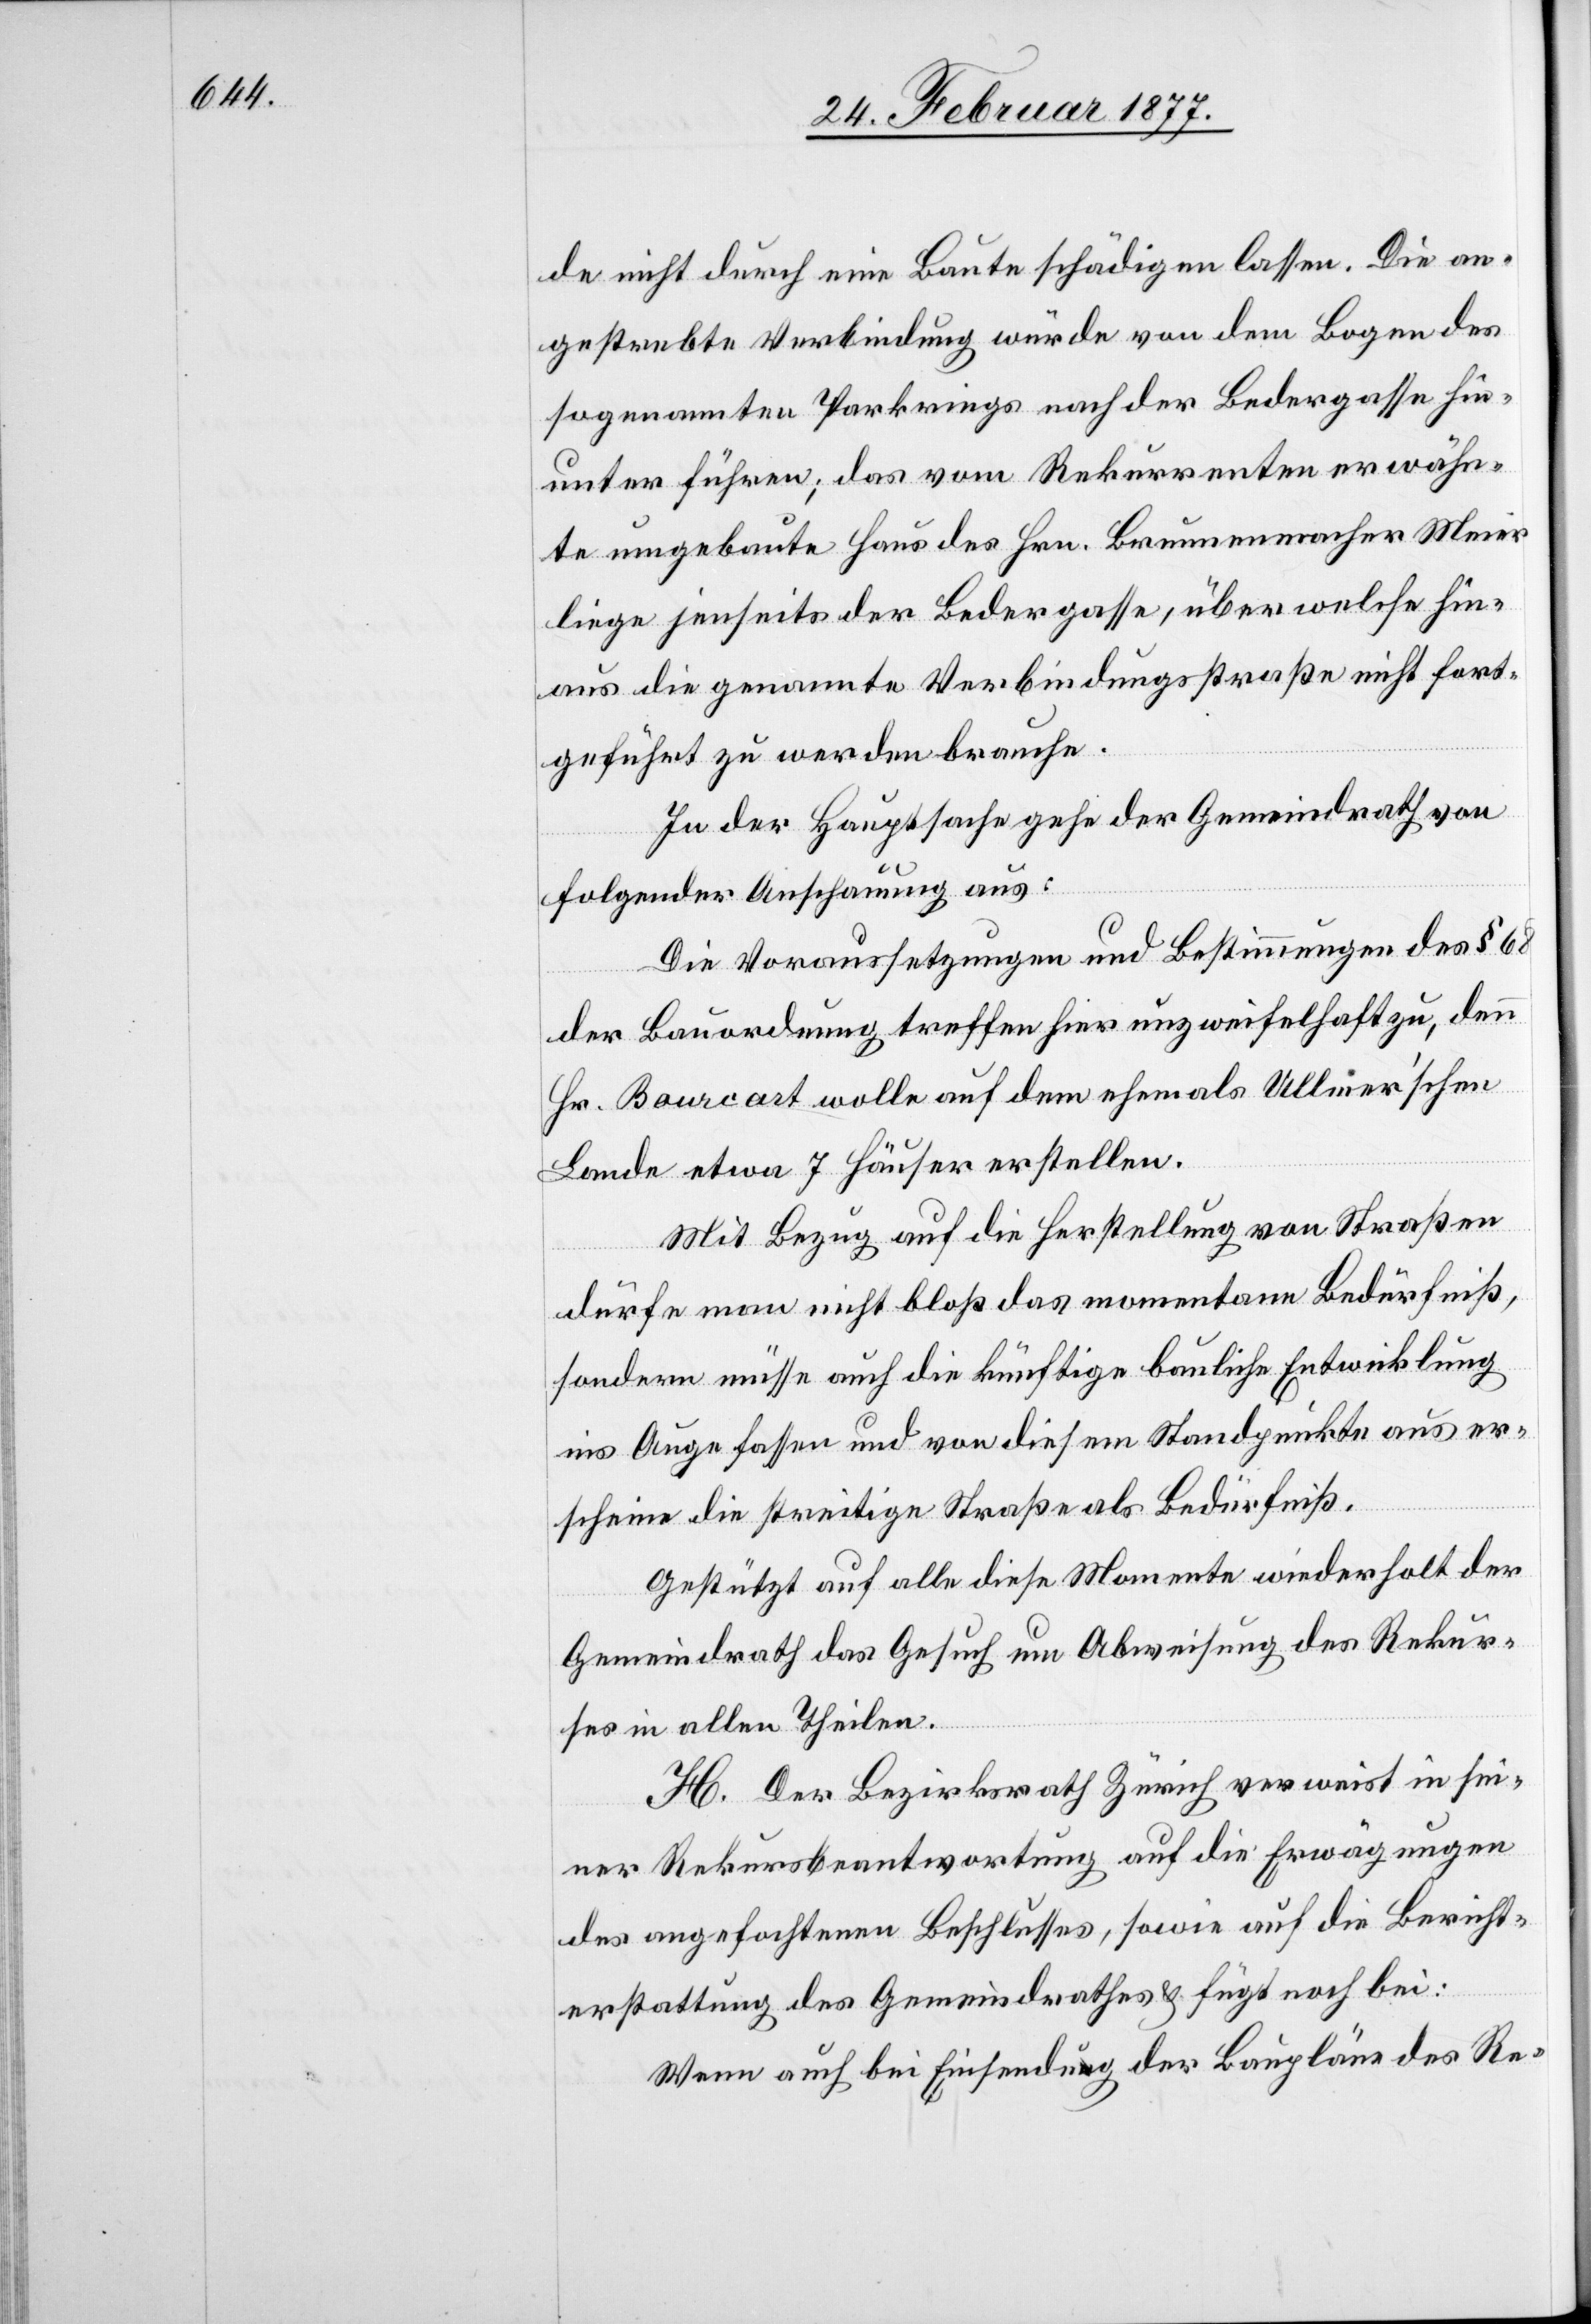
de nicht durch eine Baute schädigen lassen. Die an¬
gestrebte Verbindung würde von dem Bogen des
sogenannten Parkrings nach der Bedergasse hin¬
unter führen; das vom Rekurrenten erwähn¬
te neugebaute Haus des Hrn. Brunnenmacher Meier
liege jenseits der Bedergasse, über welche hin¬
aus die genannte Verbindungsstraße nicht fort¬
geführt zu werden brauche.
In der Hauptsache gehe der Gemeindrath von
folgender Anschauung aus:
Die Voraussetzungen und Bestimmungen des § 68
der Bauordnung treffen hier unzweifelhaft zu, denn
Hr. Bourcart wolle auf dem ehemals Ullmer’schen
Lande etwa 7 Häuser erstellen.
Mit Bezug auf die Herstellung von Straßen
dürfe man nicht bloß das momentane Bedürfniß,
sondern müsse auch die künftige bauliche Entwicklung
ins Auge fassen und von diesem Standpunkte aus er¬
scheine die streitige Straße als Bedürfniß.
Gestützt auf alle diese Momente wiederholt der
Gemeindrath das Gesuch um Abweisung des Rekur¬
ses in allen Theilen.
H. Der Bezirksrath Zürich verweist in sei¬
ner Rekursbeantwortung auf die Erwägungen
des angefochtenen Beschlusses, sowie auf die Bericht¬
erstattung des Gemeindrathes & fügt noch bei:
Wenn auch bei Einsendung der Baupläne des Re-